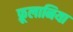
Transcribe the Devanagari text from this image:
फ्रूलानिया